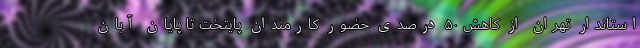
استاندار تهران از کاهش ۵۰ درصدی حضور کارمندان پایتخت تا پایان آبان